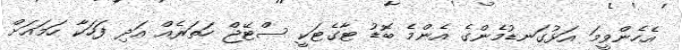
އެހެންވީމަ އަޅުގަނޑުމެންގެ އެންމެ ބޮޑު ޓާގެޓަކީ ސްޓޭޖް ހަތަރެއް އަދި ފަހަކާ ހަމައަށް